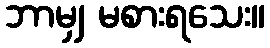
ဘာမျှ မစားရသေး။